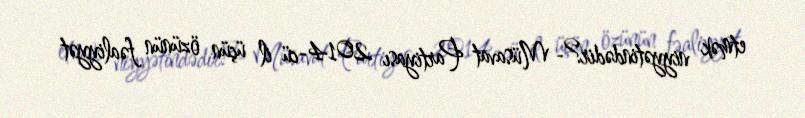
etmək niyyətindədir?- Müsavat Partiyası 2014-cü il üçün özünün fəaliyyət